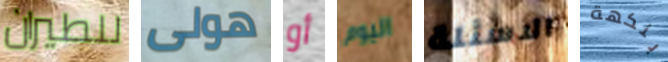
للطيران هولى أو اليوم الاسئلة بنكهة